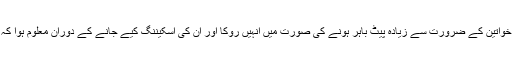
رپورٹ کے مطابق ایئرپورٹ پر کسٹم حکام نے خواتین کے ضرورت سے زیادہ پیٹ باہر ہونے کی صورت میں انہیں روکا اور ان کی اسکیننگ کیے جانے کے دوران معلوم ہوا کہ دونوں خواتین کے پیٹ میں اسمگل شدہ سونا ہے۔